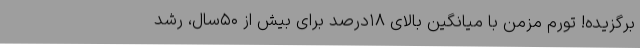
برگزیده! تورم مزمن با میانگین بالای ۱۸درصد برای بیش از ۵۰سال، رشد